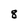
Character: 8